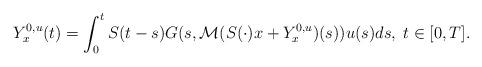
LaTeX: \begin{align*} Y^{0,u}_x(t) = \int_0^t S(t-s)G(s,\mathcal{M}( S(\cdot)x+Y^{0,u}_x)(s))u(s)ds, \; t \in [0,T].\end{align*}